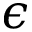
\epsilon